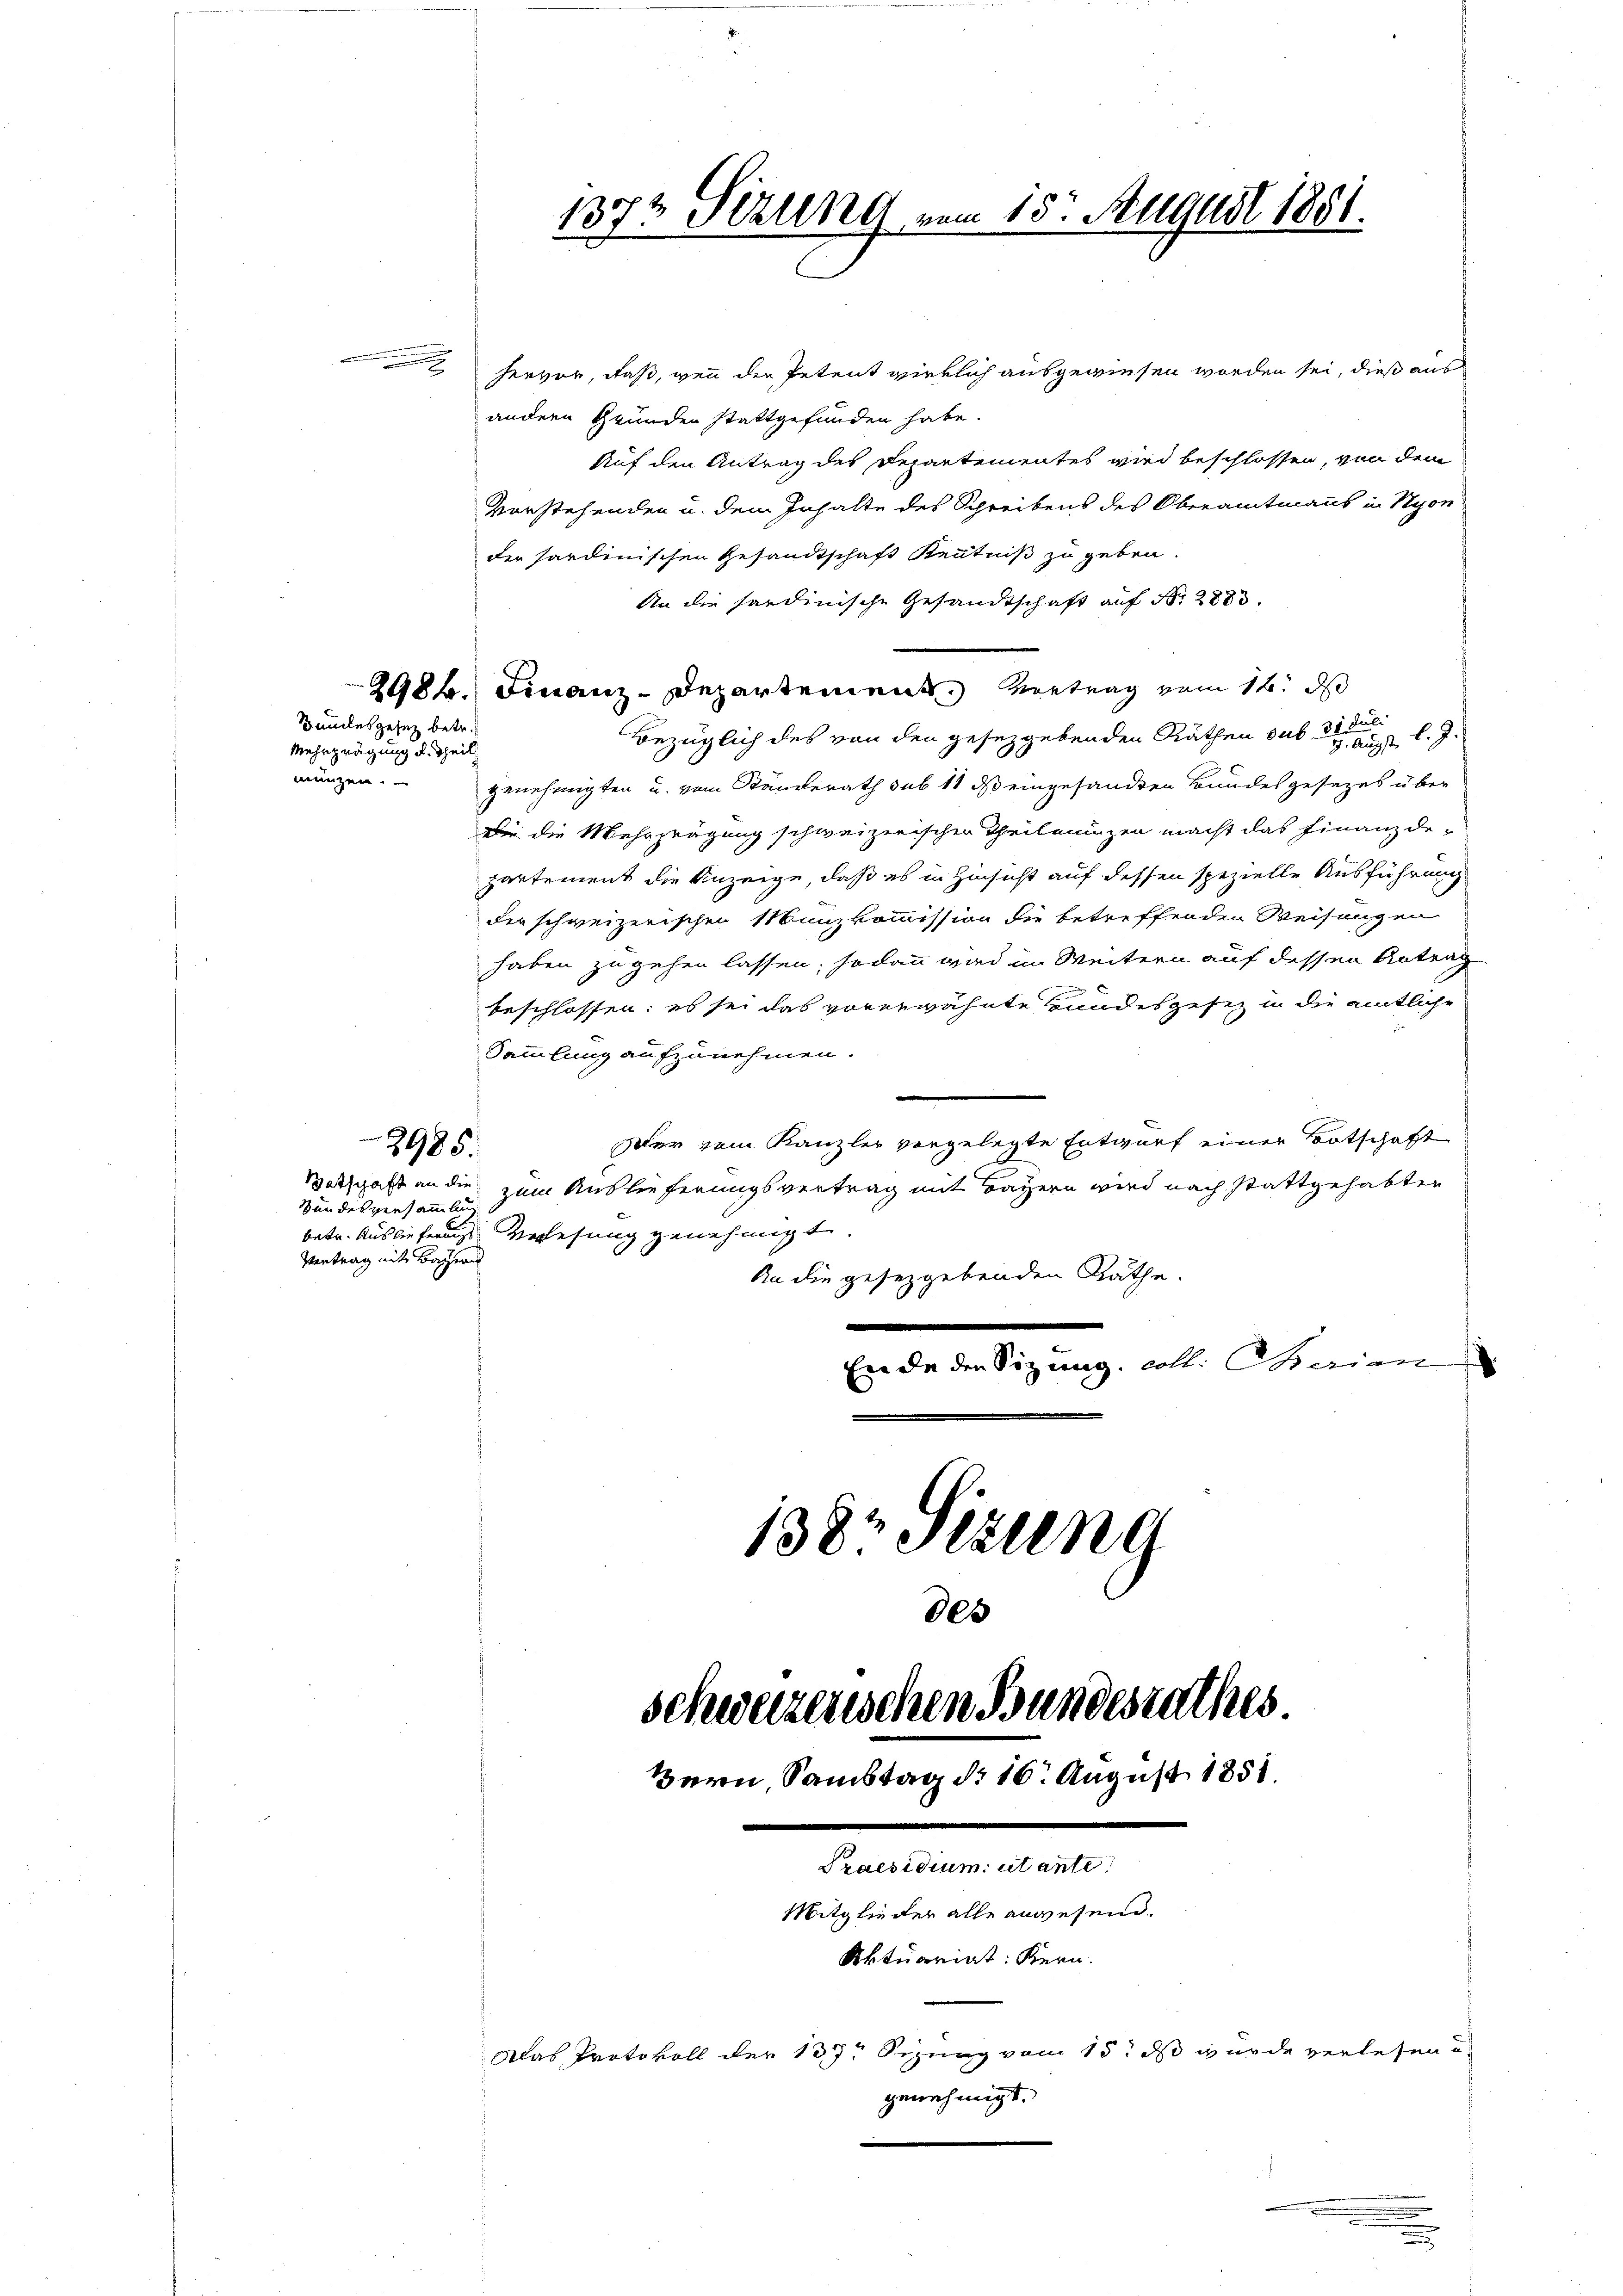
hervor, daß, wenn der Petent wirklich ausgewiesen worden sei, dieß aus
andern Grunden stattgefunden habe.
Auf den Antrag des Departementes wird beschlossen, von dem
vorstehenden u. dem Inhalte des Schreibens des Oberamtmanns in Nyon
der sardinischen Gesandtschaft Kenntniß zu geben.
An die hardinische Gesandtschaft auf Nr. 2883.
2984. Finanz-Departement. Vortrag vom 14. ds
Bezüglich des von den gesetzgebenden Räthen das einer l. J.
genehmigten u. vom Ständerath sub 11 dß eingesandten Bundesgesezes über
Dir die Mehrprägung schweizerischen Theileningen macht das Finanzdepartement die Anzeige, daß es in Hinsicht auf dessen spezielle Ausführung
der schweizerischen Manzkommission die betreffenden Weisungen
haben zu gehen lassen; sodann wird im Weitern auf dessen Antrag
beschlossen: es sei das vorerwähnte Hundesgesez in die amtliche
Sammlung aufzunehmen.
Der vom Kanzler vorgelegte Entwurf einer Botschaft
2985.
Satschaft an die zum Auslieferungsvertrag mit Bayern wird nach stattgehabten
Bundesversammlun
betr. Auslieferung verlesung genehmigt.
Vortrag mit Bayern
An die gesetzgebenden Räthe.
.
Ende den Sizung, soll. Marien

Mehrprägung d. Theil.
munzen.

Bundesgesez betr.

138 Stzung
des
schweizerischen Bundesrathes
Bern, Samstag d. 16. August 1851.
Fennen
Mitglieder alle anwesend.
Aktuariat: Kern.
Das Protokoll der 137. Sizung vom 15. ds wurde verlesen u.
genehmigt.

1373 Sekung vom 18. August 1881.